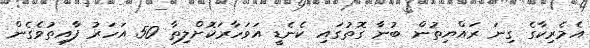
އެމެރިކާގެ ގިނަ ރައްޔިތުން ބުނާ ގޮތުގައި ކެނެޑީ އަވަހާރަކޮށްލިތާ 50 އަހަރު ފާއިތުވެގެން